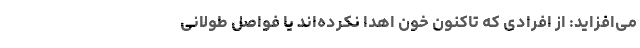
می‌افزاید: از افرادی که تاکنون خون اهدا نکرده‌اند یا فواصل طولانی